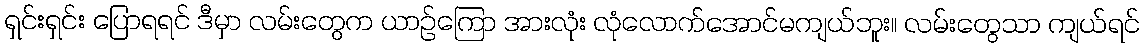
ရှင်းရှင်း ပြောရရင် ဒီမှာ လမ်းတွေက ယာဉ်ကြော အားလုံး လုံလောက်အောင်မကျယ်ဘူး။ လမ်းတွေသာ ကျယ်ရင်